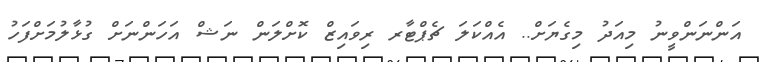
އަންނަންވީނު މިއަދު މިގެޔަށް.. އެއްކަލަ ޗެޕްޓާރ ރިވައިޒް ކޮށްލަން ނަޝް އަހަންނަށް ގުޅާލުމަށްފަހު